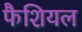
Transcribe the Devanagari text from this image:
फैशियल